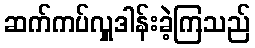
ဆက်ကပ်လှူဒါန်းခဲ့ကြသည်